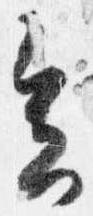
会